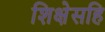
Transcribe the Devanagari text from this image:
शिक्षेसहि